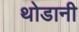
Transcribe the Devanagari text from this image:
थोडानी